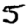
Digit: 5